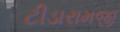
ટીડારામજી